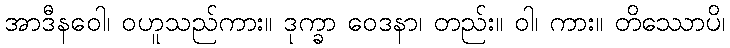
အာဒီနဝေါ၊ ဝဟူသည်ကား။ ဒုက္ခာ ဝေဒနာ၊ တည်း။ ဝါ၊ ကား။ တိဿောပိ၊